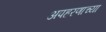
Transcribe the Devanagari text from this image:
अपहरणाच्या